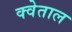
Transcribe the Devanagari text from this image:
क्वेताल